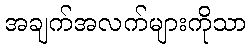
အချက်အလက်များကိုသာ